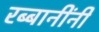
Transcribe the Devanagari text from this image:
रब्बानींनी